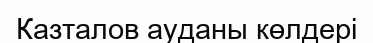
Казталов ауданы көлдері